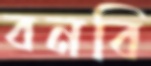
বনবি